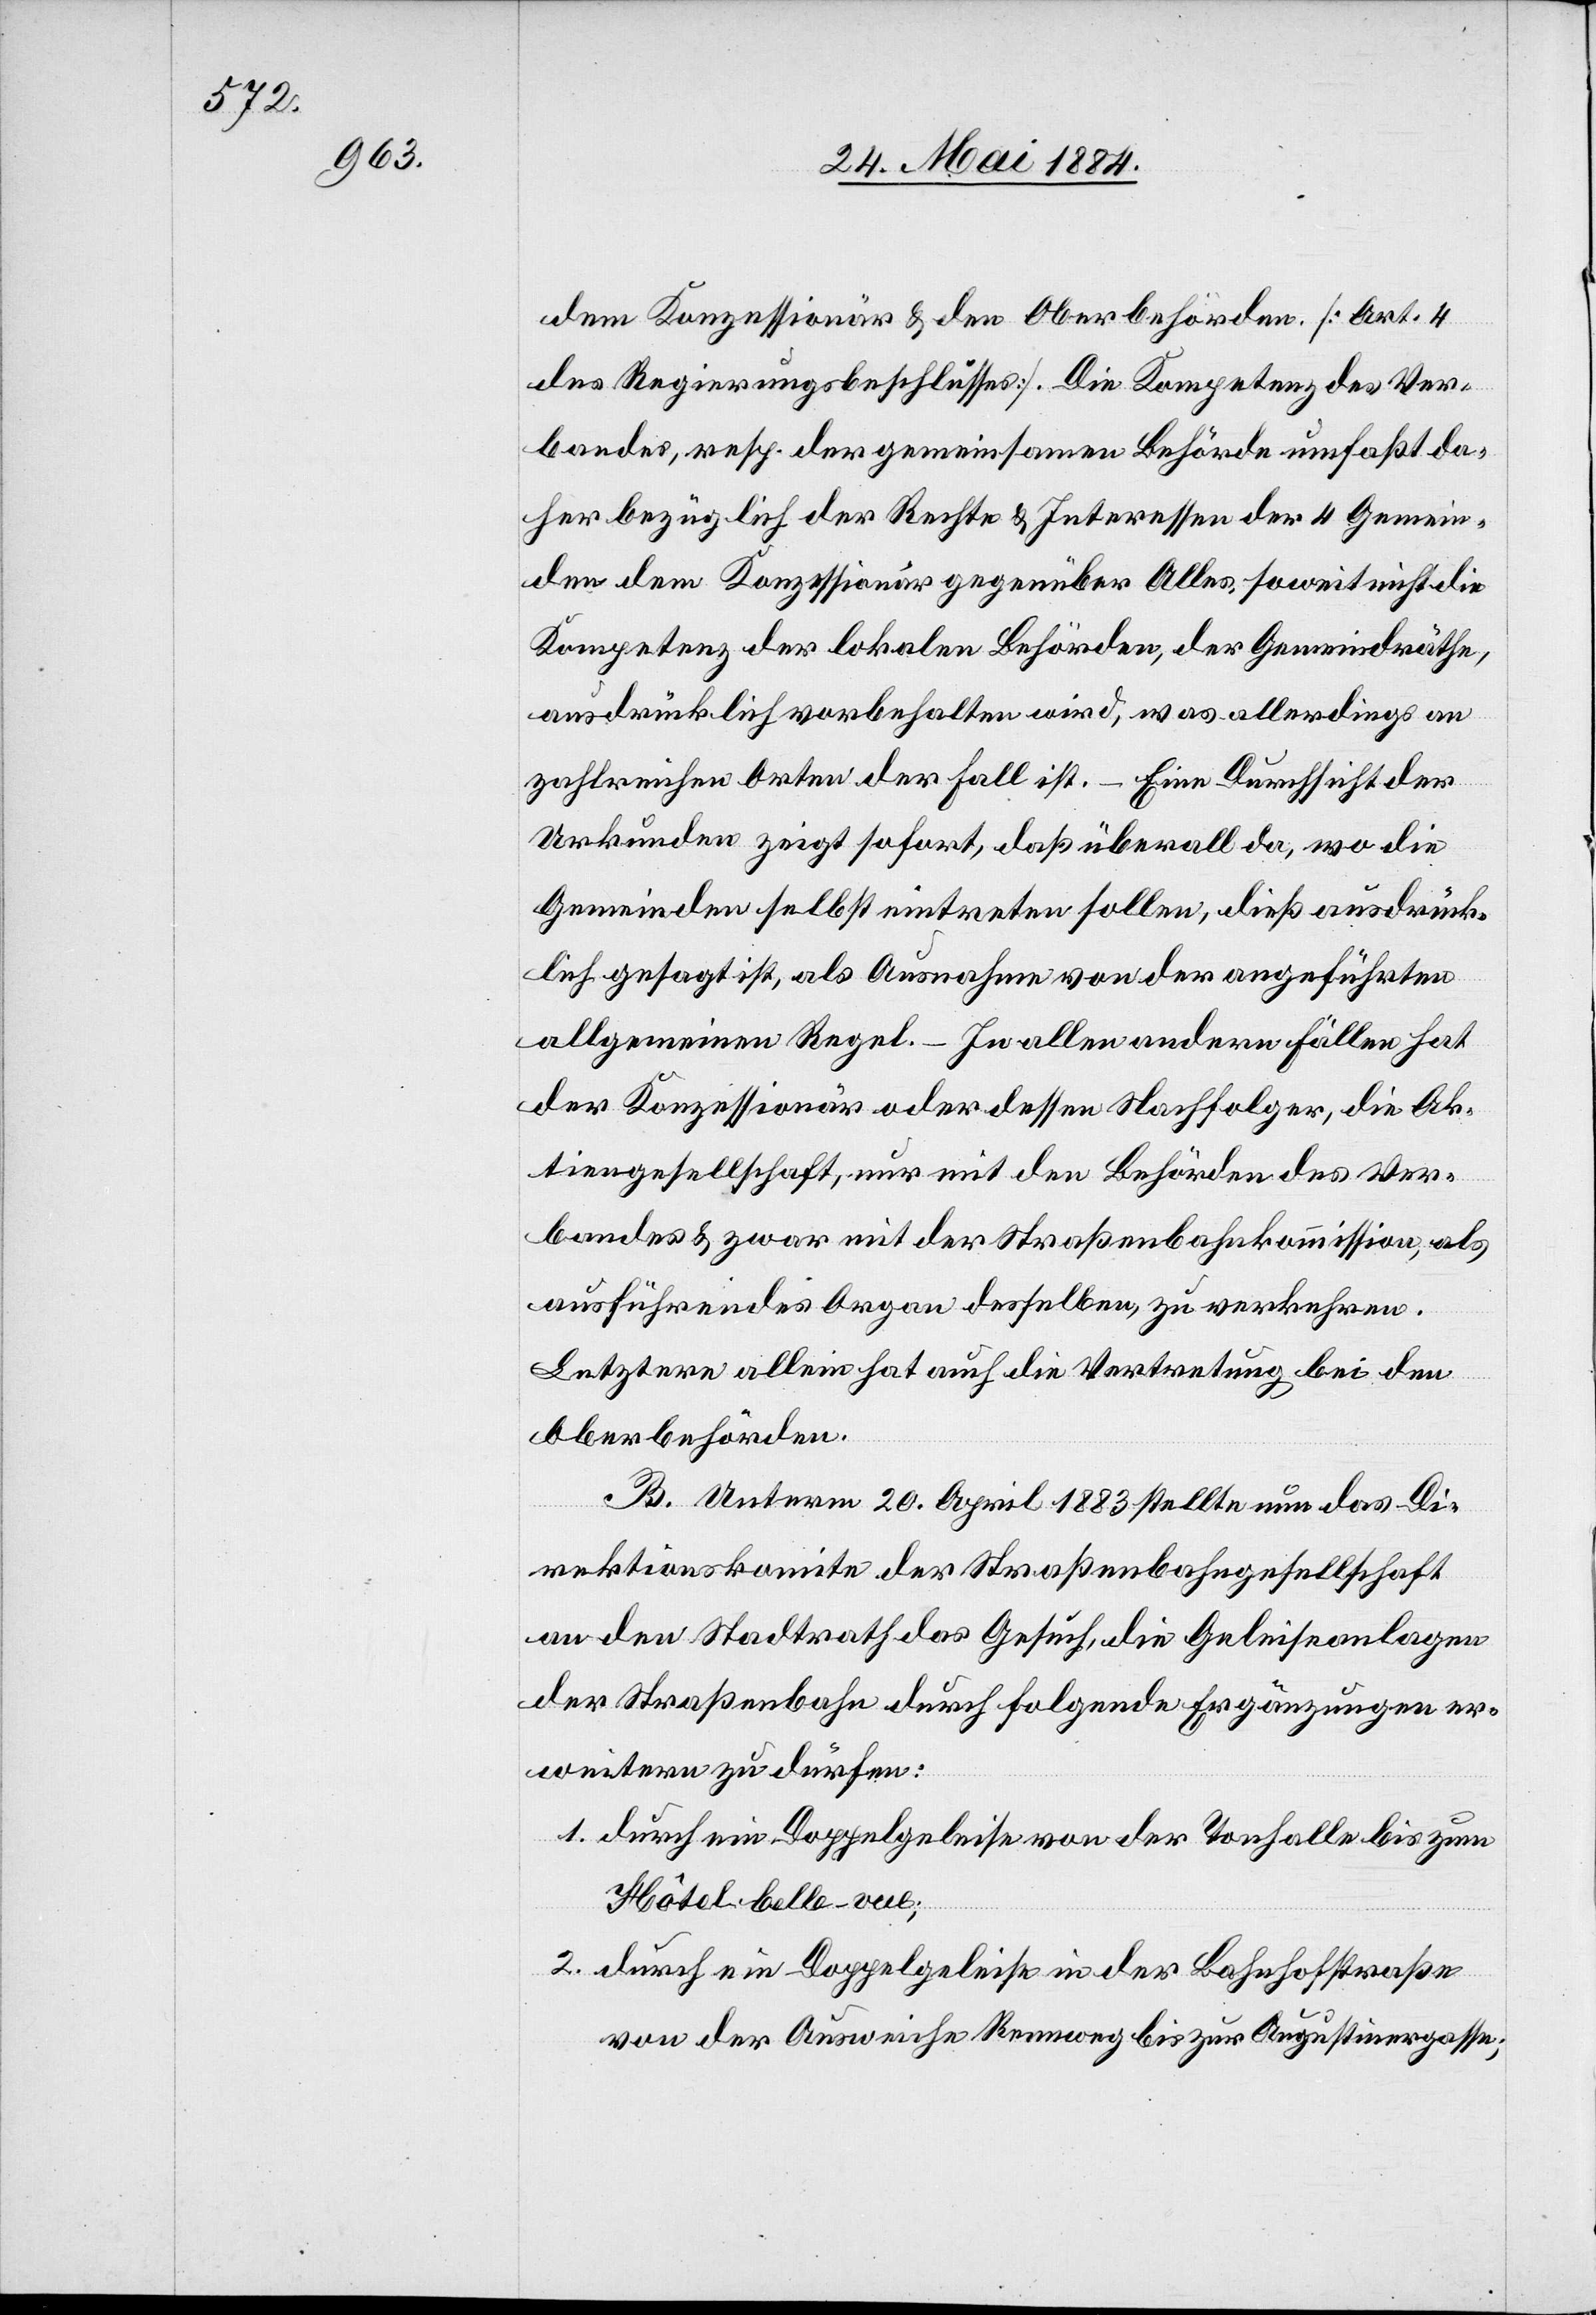
dem Konzessionär & den Oberbehörden [Art. 4
des Regierungsbeschlusses]. Die Kompetenz des Ver¬
bandes, resp. der gemeinsamen Behörde umfaßt da¬
her bezüglich der Rechte & Interessen der 4 Gemein¬
den dem Konzessionär gegenüber Alles, soweit nicht die
Kompetenz der lokalen Behörden, der Gemeindräthe,
ausdrücklich vorbehalten wird, was allerdings an
zahlreichen Orten der Fall ist. – Eine Durchsicht der
Urkunden zeigt sofort, daß überall da, wo die
Gemeinden selbst eintreten sollen, dieß ausdrück¬
lich gesagt ist, als Ausnahme von der angeführten
allgemeinen Regel. – In allen andern Fällen hat
der Konzessionär oder dessen Nachfolger, die Ak¬
tiengesellschaft, nur mit den Behörden des Ver¬
bandes & zwar mit der Straßenbahnkommission, als
ausführendes Organ desselben, zu verkehren.
Letztere allein hat auch die Vertretung bei den
Oberbehörden.
B. Unterm 20. April 1883 stellte nun das Di¬
rektionskomite der Straßenbahngesellschaft
an den Stadtrath das Gesuch, die Geleiseanlagen
der Straßenbahn durch folgende Ergänzungen er¬
weitern zu dürfen.
1. durch ein Doppelgeleise von der Tonhalle bis zum
Hôtel belle-vue;
2. durch ein Doppelgeleise in der Bahnhofstraße
von der Ausweiche Rennweg bis zur Augustinergasse;